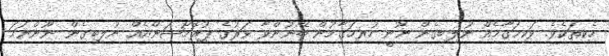
ހެކިތަކެވެ. ވަކިމަގާމެއް ނުލިބިގެން ނޫނީ ހުރިމަގާމުން ބޭނުންވާ ވަރުގެ ޕުރޮމޯޝަންއެއް ނުލިބިގެން ނޫންނަމަ